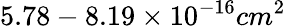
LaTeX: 5.78-8.19\times 10^{-16}cm^{2}